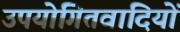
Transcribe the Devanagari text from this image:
उपयोगितवादियों